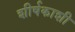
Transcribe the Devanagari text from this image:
शीर्षकाशी